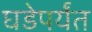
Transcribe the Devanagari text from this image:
घडेपर्यंत